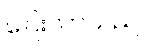
ပြေးလာသည်